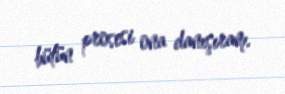
bütün prosesi ona danışıram.